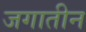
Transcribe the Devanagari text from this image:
जगातीन